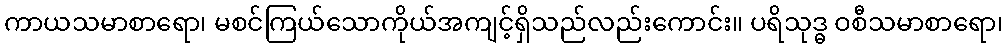
ကာယသမာစာရော၊ မစင်ကြယ်သောကိုယ်အကျင့်ရှိသည်လည်းကောင်း။ ပရိသုဒ္ဓ ဝစီသမာစာရော၊